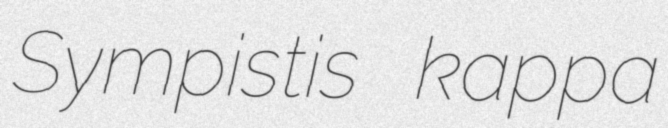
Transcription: Sympistis kappa